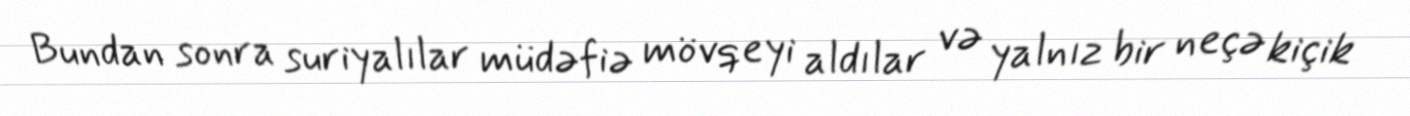
Bundan sonra suriyalılar müdəfiə mövqeyi aldılar və yalnız bir neçə kiçik